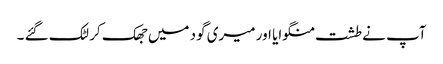
آپ نے طشت منگوایا اور میری گود میں جھک کر لٹک گئے ۔